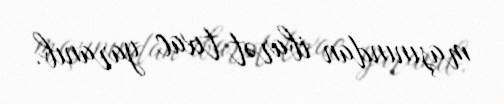
maşınından ibarət tıxac yaranıb.